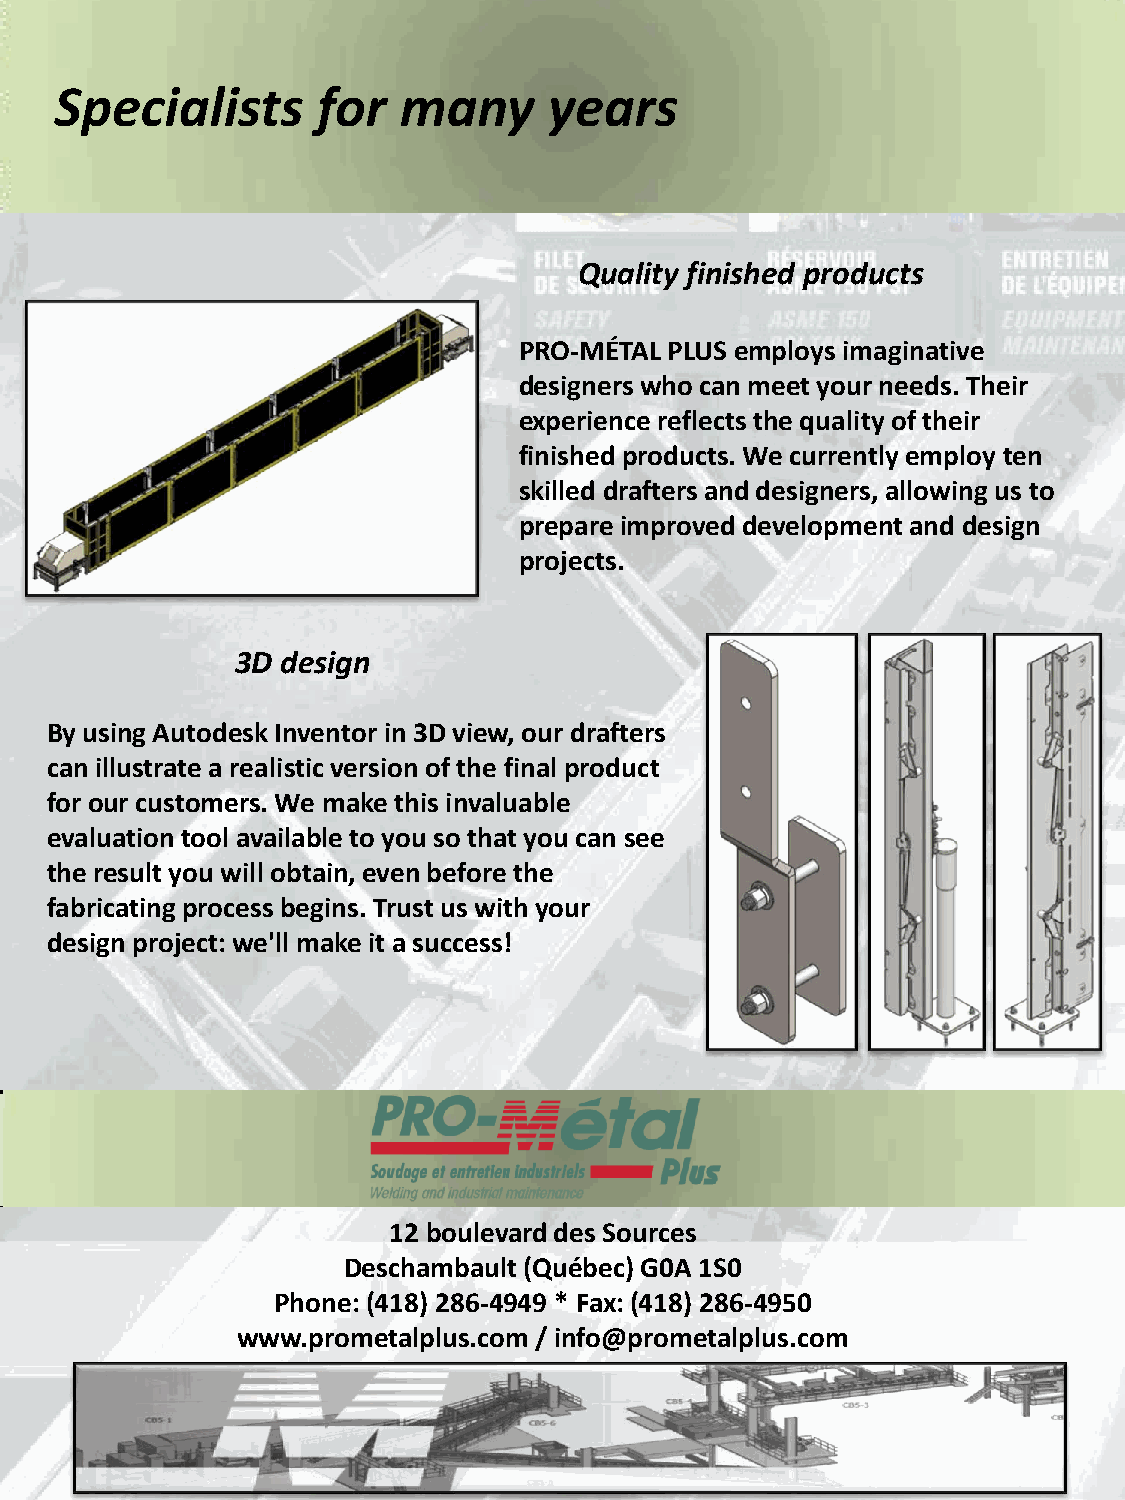
Specialists      for  many      years
 Quality finished products
 PRO-MÉTAL PLUS employs imaginative
 designers who can meet your needs. Their
 experience reflects the quality of their
 finished products. We currently employ ten
 skilled drafters and designers, allowing us to
 prepare improved development and design
 projects.
 3D design
 By using Autodesk Inventor in 3D view, our drafters
 can illustrate a realistic version of the final product
 for our customers. We make this invaluable
 evaluation tool available to you so that you can see
 the result you will obtain, even before the
 fabricating process begins. Trust us with your
 design project: we'll make it a success!
 12 boulevard des Sources
 Deschambault (Québec) G0A 1S0
 Phone: (418) 286-4949 * Fax: (418) 286-4950
 www.prometalplus.com / info@prometalplus.com